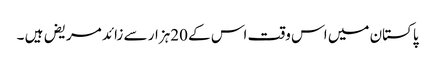
پاکستان میں اس وقت اس کے 20ہزار سے زائد مریض ہیں ۔